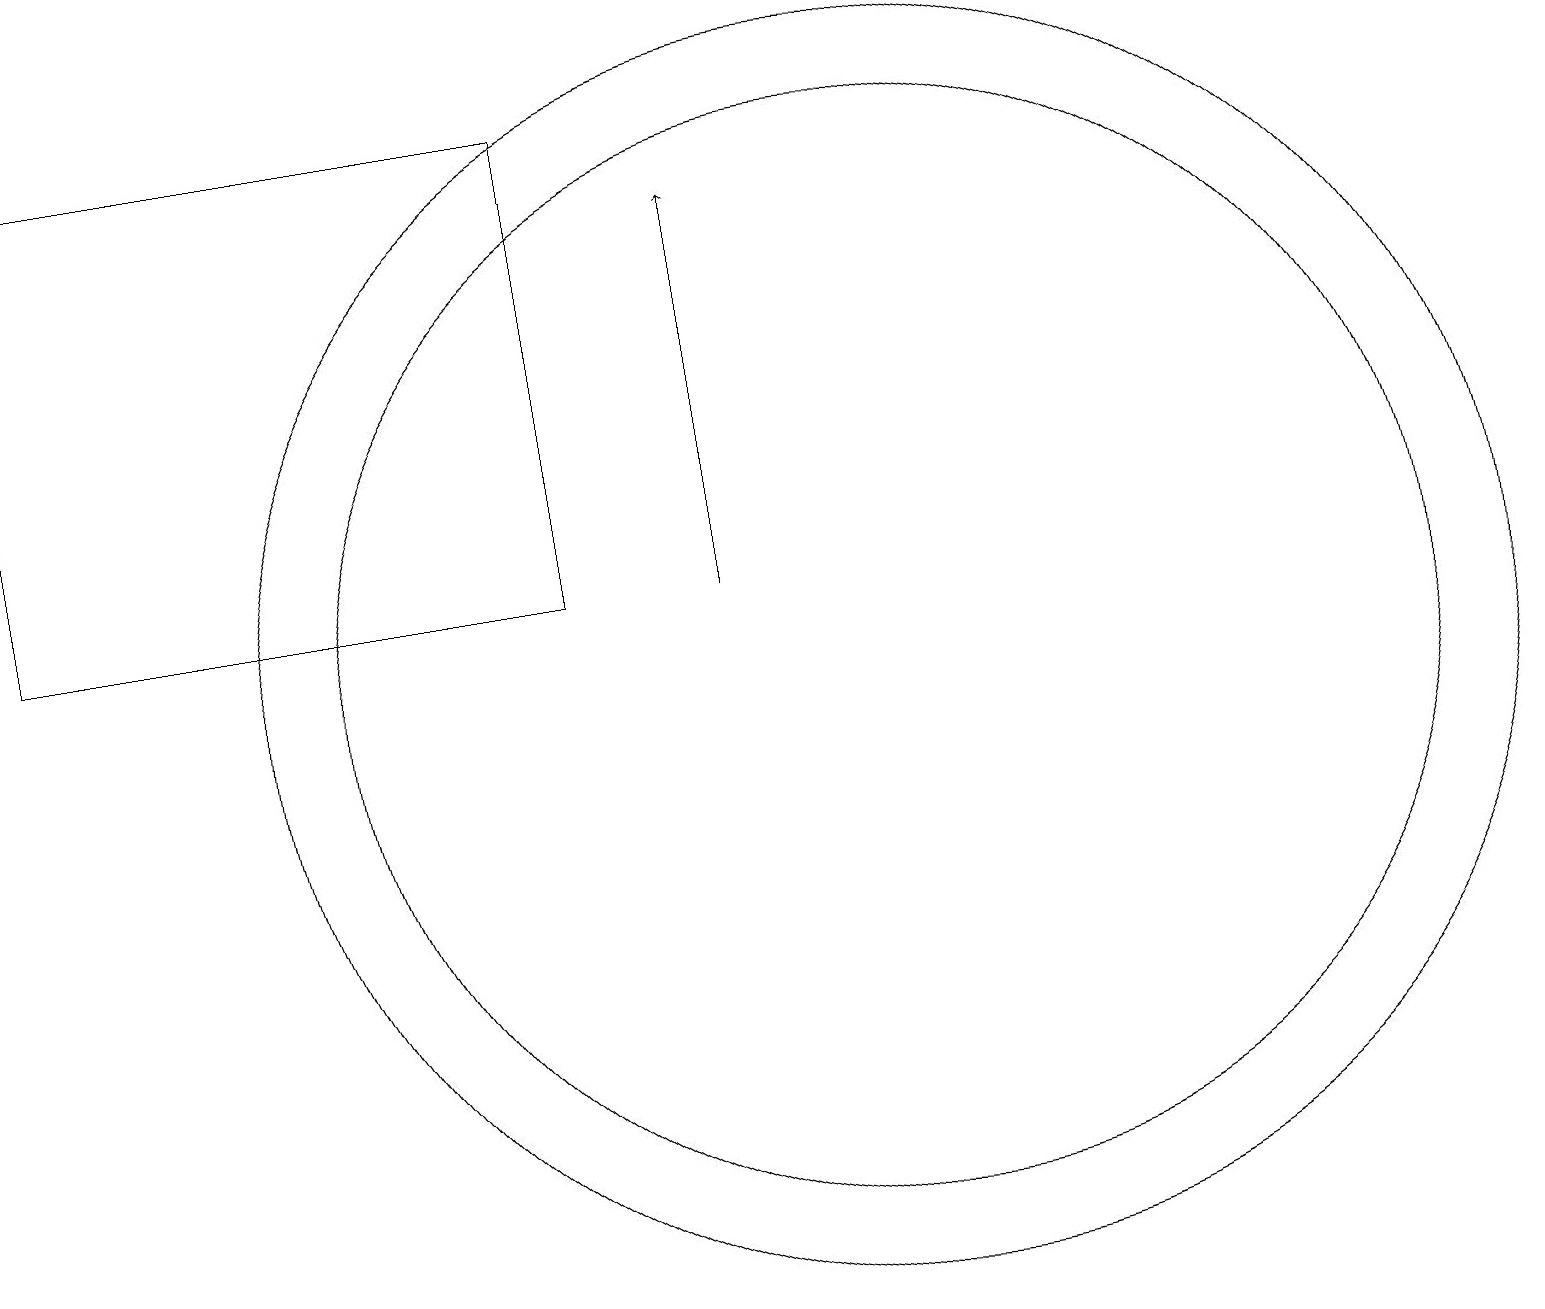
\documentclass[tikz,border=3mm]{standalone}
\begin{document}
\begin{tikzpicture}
\draw[->] (9,12) -- (9,17);
\draw (11,11) circle (8);
\draw (0,12) rectangle (7,18);
\draw (11,11) circle (7);
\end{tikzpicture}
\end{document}